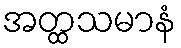
အတ္ထသမာနံ